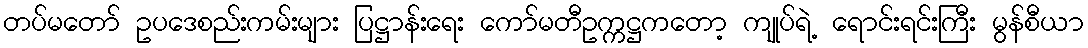
တပ်မတော် ဥပဒေစည်းကမ်းများ ပြဋ္ဌာန်းရေး ကော်မတီဥက္ကဋ္ဌကတော့ ကျုပ်ရဲ့ ရောင်းရင်းကြီး မွန်စီယာ